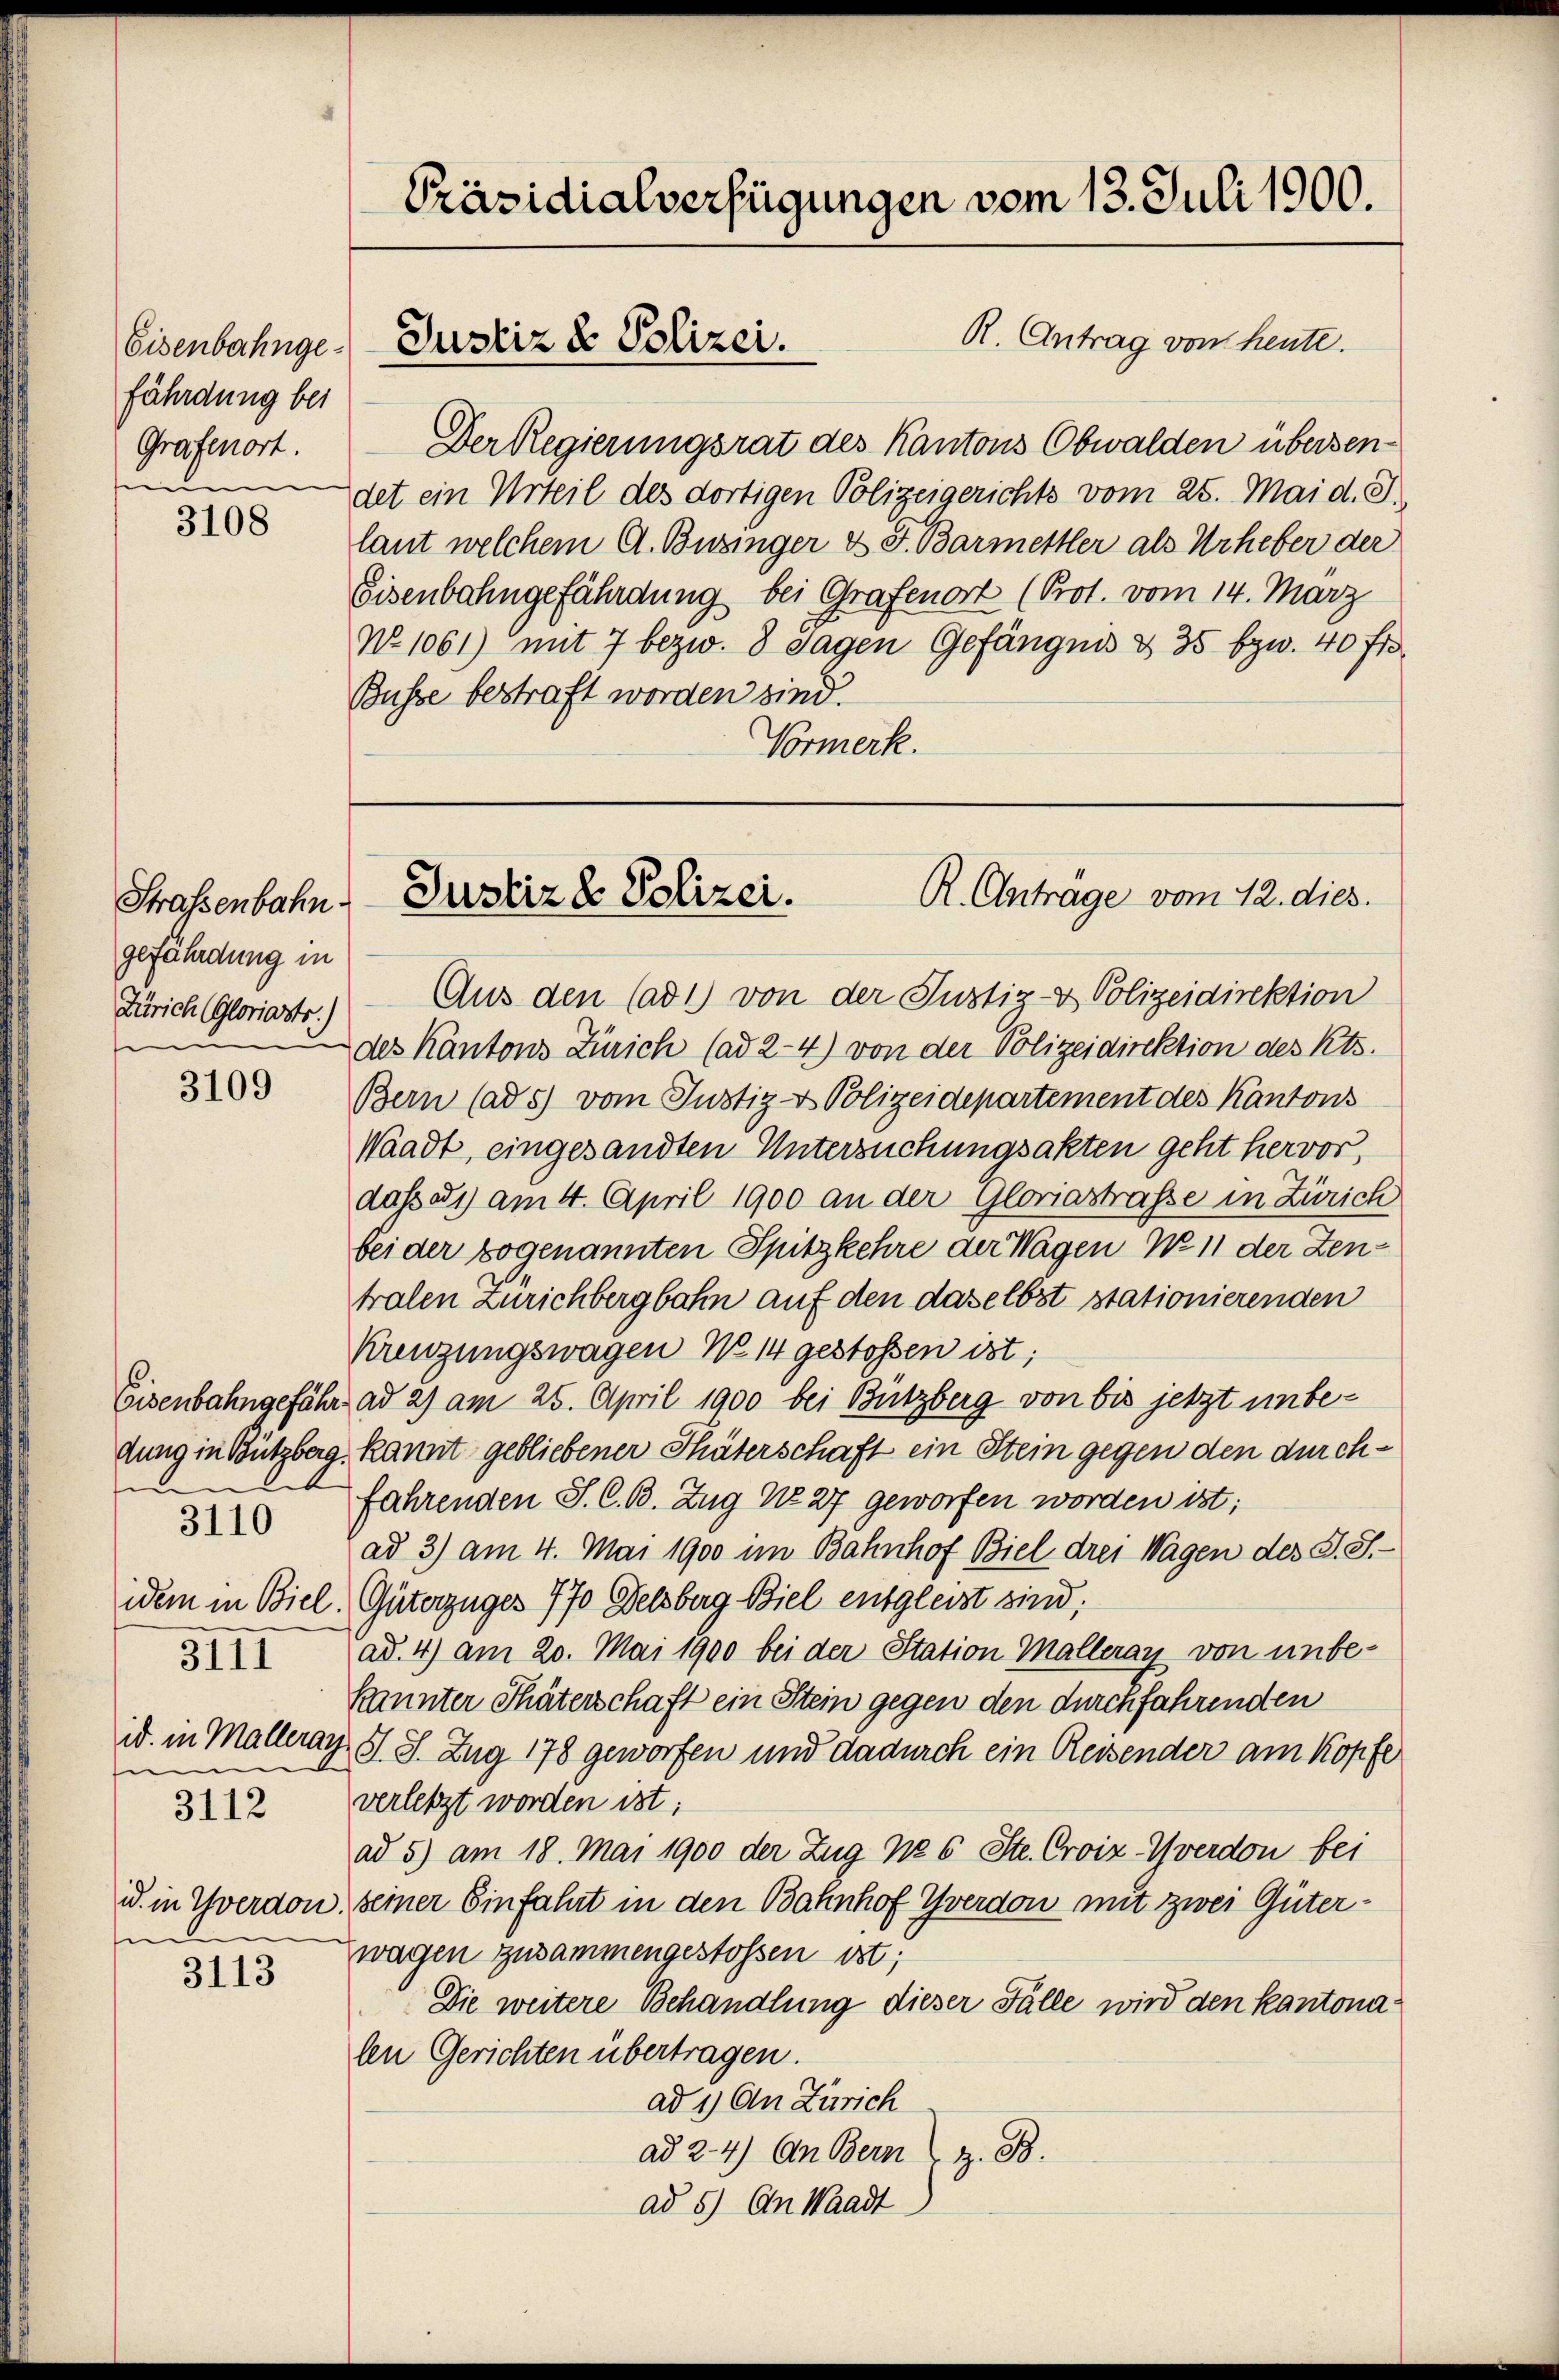
Eisenbahngefährdung bei
Grafenort.

3108

Strassenbahn.
gefährdung in
Zürich Gloriasts.)
e

3109

Eisenbahngefähr.
dung in Bützberg.
u
idem in Biel.
3III
id. in Malleray
e
3112

3110

u. in Yverdon
e

3113

R. Antrag von heute.
Der Regierungsrat des Kantons Obwalden übersendet ein Urteil des dortigen Polizeigerichts vom 25. Mai d. J.
laut welchem A. Buzinger & J. Barmettler als Urheber der
Eisenbahngefährdung bei Grafenort (Prot. vom 14. März
No 1061) mit 7 bezw. 8 Tagen Gefängnis & 35 bzw. 40 fr
Busse bestraft worden sind.
Vormerk.

Präsidialverfügungen vom 13. Juli 1900.

Justiz & Polizei.

Aus den (ad 1) von der Justiz- & Polizeidirektion
des Kantons Zürich (ad 2-4) von der Polizeidirektion des Kts.
Bern (ad 5) vom Justiz- & Polizeidepartement des Kantons
Waadt, eingesandten Untersuchungsakten geht hervor,
dass ad 1) am 4. April 1900 an der Gloriastrasse in Zürich
bei der sogenannten Spitzkehre der Wagen No 11 der Zentralen Zürichbergbahn auf den daselbst stationierenden
Kreuzungswagen No 14 gestossen ist;
ad 2) am 25. April 1900 bei Bützberg von bis jetzt unbekannt gebliebener Thäterschaft ein Stein gegen den durchfahrenden S. C. B. Zug No 27 geworfen worden ist;
ad 3) am 4. Mai 1900 im Bahnhof Biel drei Wagen des S. S.
Güterzuges 770 Felsberg Biel entgleist sind;
ad. 4) am 20. Mai 1900 bei der Station Malleray von unbe-
kannter Thäterschaft ein Stein gegen den durchfahrenden
S. S. Zug 178 geworfen und dadurch ein Reisender am Kopfe
verletzt worden ist;
ad 5) am 18. Mai 1900 der Zug No 6 Ste. Croiz-Yverdon bei
seiner Einfahrt in den Bahnhof Yverdon mit zwei Güterwagen zusammengestossen ist;
Die weitere Behandlung dieser Fälle wird den Kantonalen Gerichten übertragen.
ad 1) An Zürich
ad 2. 4) An Bern, z. B.
ad 5) An Waadt

R. Antrage vom 12. dies.
Justiz & Polizei.